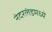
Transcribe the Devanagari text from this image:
नेदरलंडमध्ये